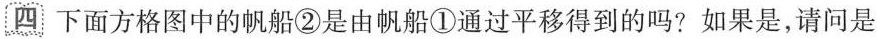
四下面方格图中的帆船②是由帆船①通过平移得到的吗？如果是，请问是